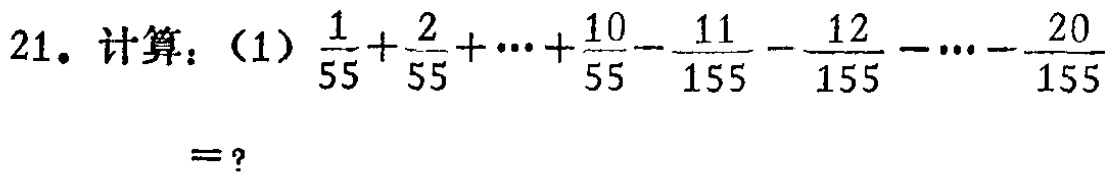
21. 计算：（1）\(\frac{1}{55}+\frac{2}{55}+\cdots+\frac{10}{55}-\frac{11}{155}-\frac{12}{155}-\cdots-\frac{20}{155}=?\)